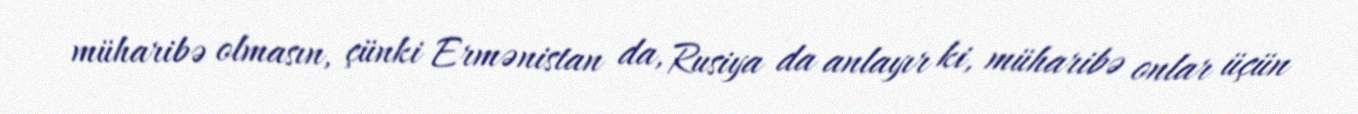
müharibə olmasın, çünki Ermənistan da, Rusiya da anlayır ki, müharibə onlar üçün